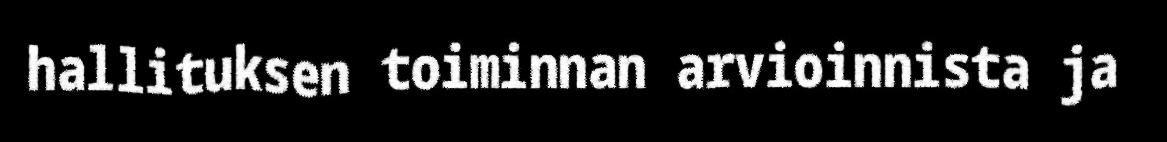
hallituksen toiminnan arvioinnista ja